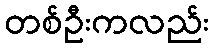
တစ်ဦးကလည်း